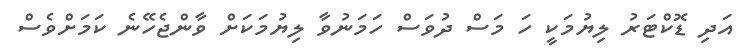
އަދި ޑޮކްޓަރު ލިޔުމަކީ ހަ މަސް ދުވަސް ހަމަނުވާ ލިޔުމަކަށް ވާންޖެހޭނެ ކަމަށްވެސް